Indian journal of veterinary science and animal husbandry - Volumes 28-29, 1958-1959
Year: 1958
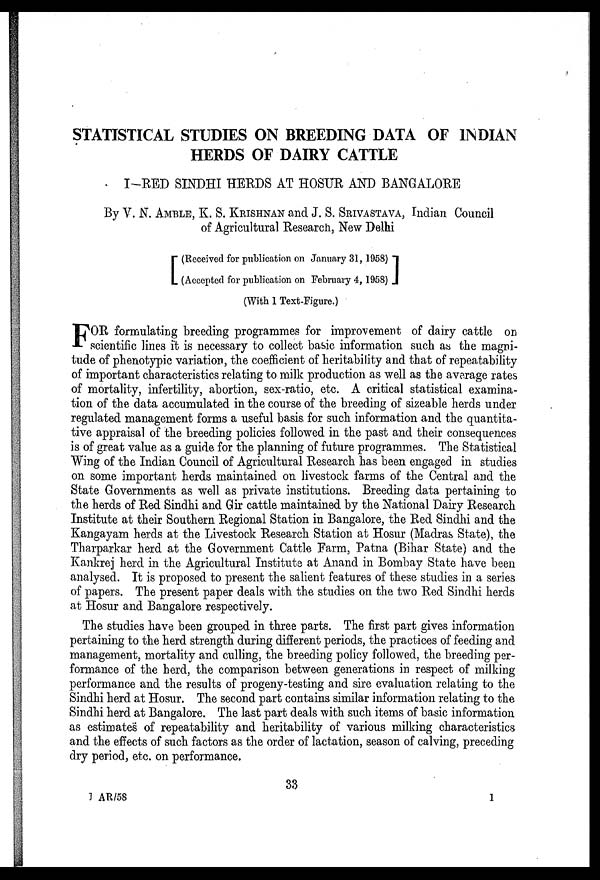
STATISTICAL STUDIES ON BREEDING DATA OF INDIAN
HERDS OF DAIRY CATTLE
I-RED SINDHI HERDS AT HOSUR AND BANGALORE
By V. N. AMBLE, K. S. KRISHNAN and J. S. SRIVASTAVA, Indian Council
of Agricultural Research, New Delhi
[ (Received for publication on January 31, 1958)
(Accepted for publication on February 4, 1958) ]
(With 1 Text-Figure.)
F OR formulating breeding programmes for improvement of dairy cattle on
scientific lines it is necessary to collect basic information such as the magni-
tude of phenotypic variation, the coefficient of heritability and that of repeatability
of important characteristics relating to milk production as well as the average rates
of mortality, infertility, abortion, sex-ratio, etc. A critical statistical examina-
tion of the data accumulated in the course of the breeding of sizeable herds under
regulated management forms a useful basis for such information and the quantita-
tive appraisal of the breeding policies followed in the past and their consequences
is of great value as a guide for the planning of future programmes. The Statistical
Wing of the Indian Council of Agricultural Research has been engaged in studies
on some important herds maintained on livestock farms of the Central and the
State Governments as well as private institutions. Breeding data pertaining to
the herds of Red Sindhi and Gir cattle maintained by the National Dairy Research
Institute at their Southern Regional Station in Bangalore, the Red Sindhi and the
Kangayam herds at the Livestock Research Station at Hosur (Madras State), the
Tharparkar herd at the Government Cattle Farm, Patna (Bihar State) and the
Kankrej herd in the Agricultural Institute at Anand in Bombay State have been
analysed. It is proposed to present the salient features of these studies in a series
of papers. The present paper deals with the studies on the two Red Sindhi herds
at Hosur and Bangalore respectively.
The studies have been grouped in three parts. The first part gives information
pertaining to the herd strength during different periods, the practices of feeding and
management, mortality and culling, the breeding policy followed, the breeding per-
formance of the herd, the comparison between generations in respect of milking
performance and the results of progeny-testing and sire evaluation relating to the
Sindhi herd at Hosur. The second part contains similar information relating to the
Sindhi herd at Bangalore. The last part deals with such items of basic information
as estimates of repeatability and heritability of various milking characteristics
and the effects of such factors as the order of lactation, season of calving, preceding
dry period, etc. on performance.
33
1 AR/58
1